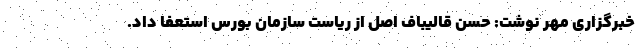
خبرگزاری مهر نوشت: حسن قالیباف اصل از ریاست سازمان بورس استعفا داد.